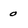
Character: o